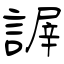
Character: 謘